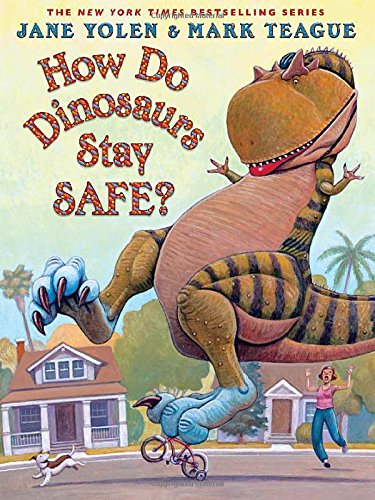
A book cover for How Do Dinosaurs Stay Safe?; Jane Yolen; Children's Books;